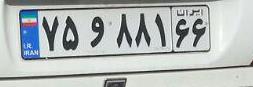
۷۵و۸۸۱۶۶